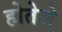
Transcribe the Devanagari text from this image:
होतेले